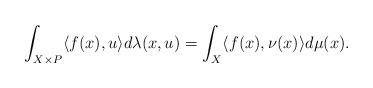
LaTeX: \begin{align*} \int_{X\times P} \langle f(x),u\rangle d\lambda(x,u) =\int_X \langle f(x),\nu(x)\rangle d\mu (x).\end{align*}